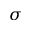
\sigma